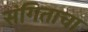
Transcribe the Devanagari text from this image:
संगिताचा